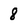
Character: 8